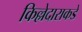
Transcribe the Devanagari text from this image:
किल्लेदाराकडे